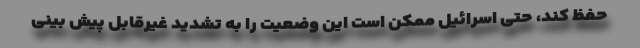
حفظ کند، حتی اسرائیل ممکن است این وضعیت را به تشدید غیرقابل پیش بینی